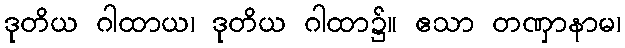
ဒုတိယ ဂါထာယ၊ ဒုတိယ ဂါထာ၌။ ဧသာ တဏှာနာမ၊